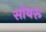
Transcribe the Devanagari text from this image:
सोयरू